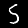
Digit: 5